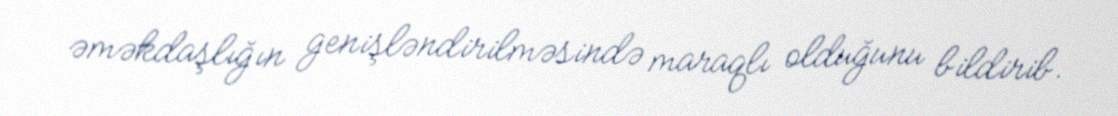
əməkdaşlığın genişləndirilməsində maraqlı olduğunu bildirib.